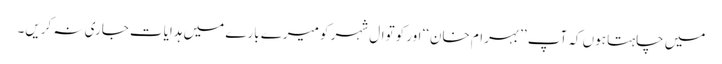
میں چاہتا ہوں کہ آپ ’’بہرام خان‘‘ اور کوتوال شہر کو میرے بارے میں ہدایات جاری نہ کریں۔